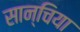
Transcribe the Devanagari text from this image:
सान्चिया